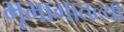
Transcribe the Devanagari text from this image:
भूभागातल्या